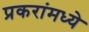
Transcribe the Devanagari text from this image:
प्रकरांमध्ये